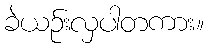
ခဲယဉ်းလှပါတကား။